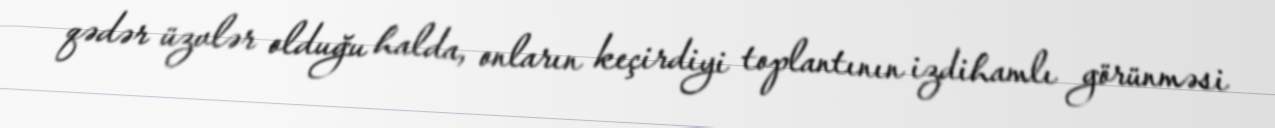
qədər üzvlər olduğu halda, onların keçirdiyi toplantının izdihamlı görünməsi